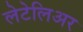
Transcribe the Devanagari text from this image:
लेटेलिअर